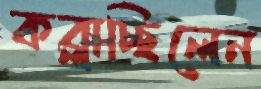
কব্‌লাচ্ছিলেন